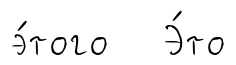
э́того Э́то